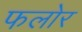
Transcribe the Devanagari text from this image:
फलोर